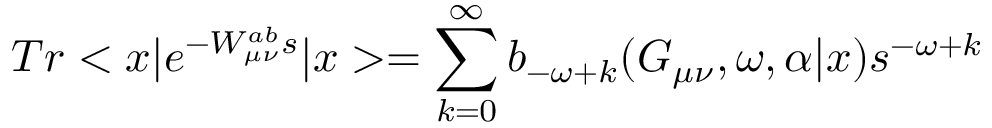
T r < x | e ^ { - { \cal { W } } _ { \mu \nu } ^ { a b } s } | x > = \sum _ { k = 0 } ^ { \infty } b _ { - \omega + k } ( G _ { \mu \nu } , \omega , \alpha | x ) s ^ { - \omega + k }